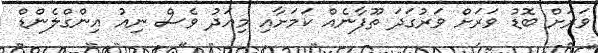
ވަރަށް ބޮޑު ވަރަށް ވަރުގަދަ ތޫފާނެއް ކަމަށާއި މިއަދު ވެސް ނިއު އިންގްލެންޑް